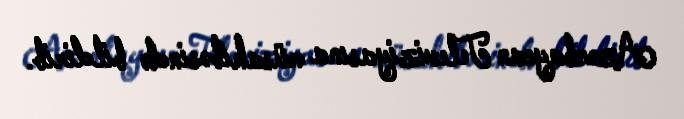
Azərbaycan Televiziyasına müsahibəsində bildirib.